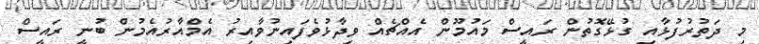
މި ދަތުރުފުޅާއި ގުޅޭގޮތުން ރައީސް މައުމޫން އެއްޗެއް ވިދާޅުވެފައިނުވާއިރު އެމްއާރުއެމުން ބުނީ ރައީސް